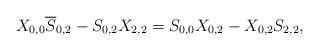
LaTeX: \begin{align*} X_{0,0}\overline{S}_{0,2}-S_{0,2}X_{2,2}=S_{0,0}X_{0,2}-X_{0,2}S_{2,2}, \end{align*}